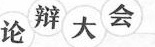
论辩大会